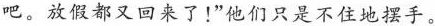
吧。放假都又回来了!"他们只是不住地摆手。